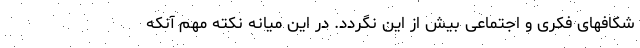
شکافهای فکری و اجتماعی بیش از این نگردد. در این میانه نکته مهم آنکه